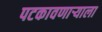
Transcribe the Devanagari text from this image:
पटकावणाऱ्याला